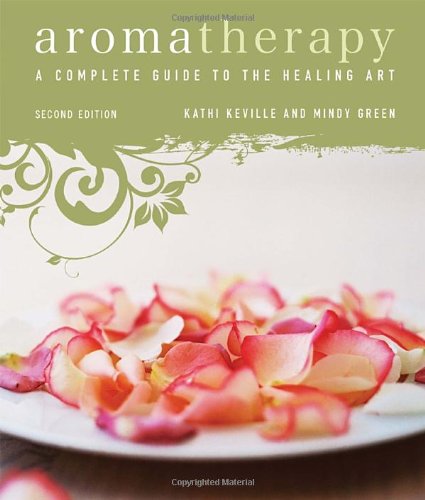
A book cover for Aromatherapy: A Complete Guide to the Healing Art; Kathi Keville; Health, Fitness & Dieting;